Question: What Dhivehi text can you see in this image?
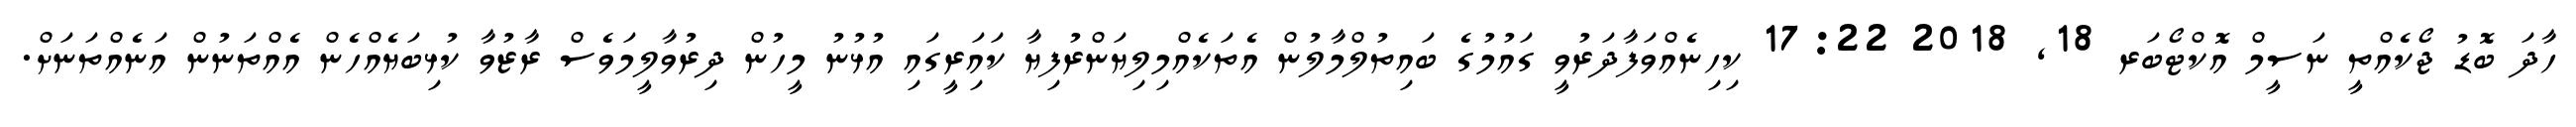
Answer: ހާދަ ބޮޑު ޖޯކެއްތީ ނަސީމް އޮކްޓޯބަރ 18, 2018 17:22 ކިހިނެއްވަފާދަރުވީ ގައުމުގެ ބައިތުލްމާލުން އެތަކެއްމިލިޔަންރުފިޔާ ކައަިރީގައި އުޅުނު މީހުން ދިރުވާލީމަވެސް ރާޒުވާ ކުޅިބަޔެއްހެން އެއްތަނުން އަނެއްތަނަށް.